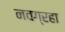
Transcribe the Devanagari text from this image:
नवग्रहा